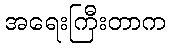
အရေးကြီးတာက